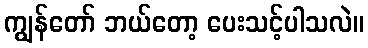
ကျွန်တော် ဘယ်တော့ ပေးသင့်ပါသလဲ။